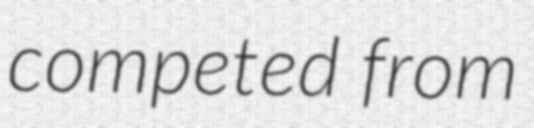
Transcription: competed from